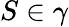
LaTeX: S\in\gamma